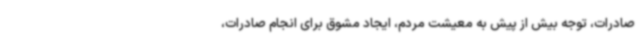
صادرات، توجه بیش از پیش به معیشت مردم، ایجاد مشوق برای انجام صادرات،